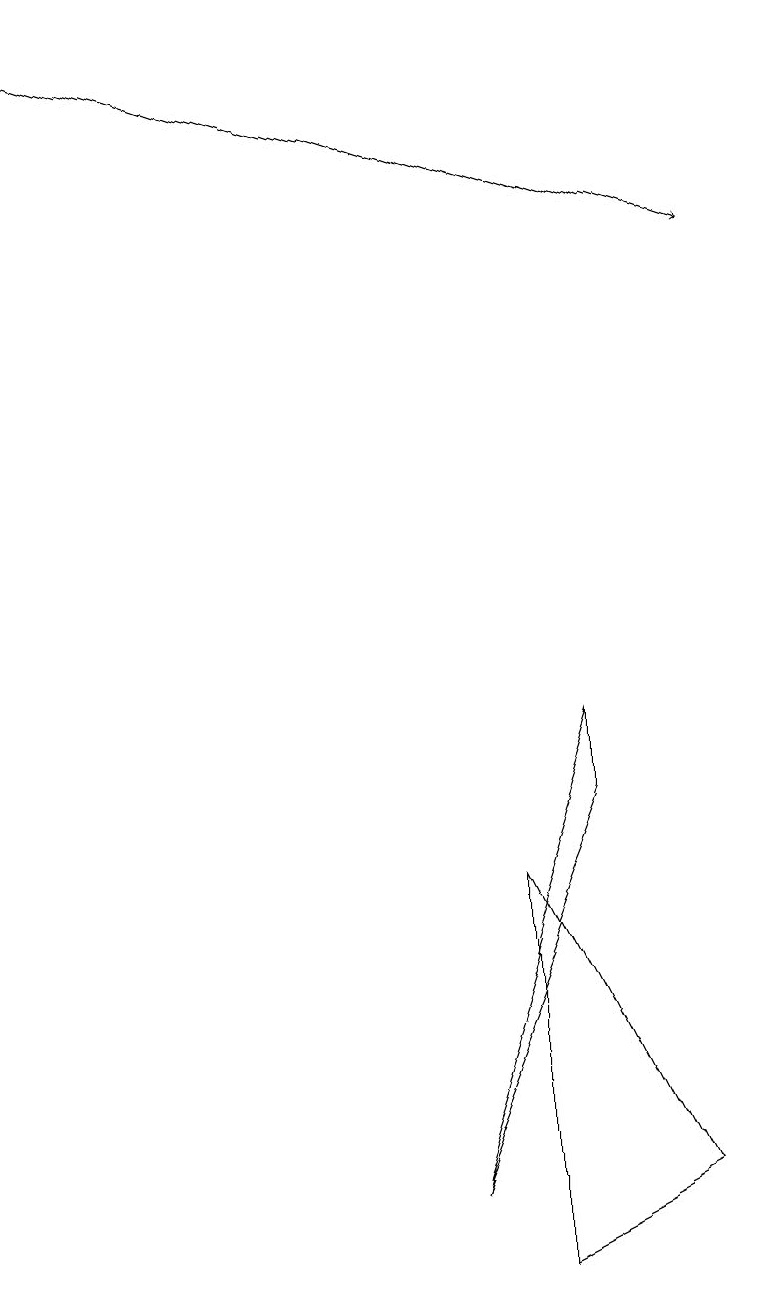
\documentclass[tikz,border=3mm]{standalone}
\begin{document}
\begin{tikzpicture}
\draw (6,1) -- (8,2) -- (6,6) -- cycle;
\draw (7,7) -- (5,2) -- (7,8) -- cycle;
\draw[->] (0,17) -- (9,14);
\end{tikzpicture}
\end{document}